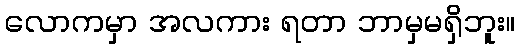
လောကမှာ အလကား ရတာ ဘာမှမရှိဘူး။